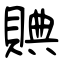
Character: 賟